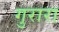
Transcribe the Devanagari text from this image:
गुरारा